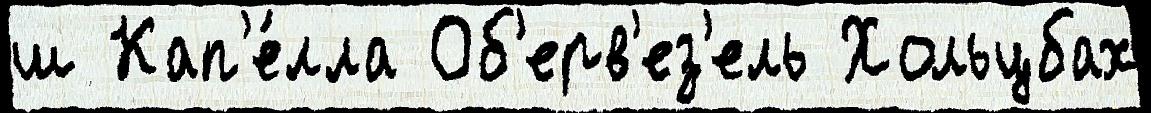
ш Кап'е́лла Об'ерв'ез'ель Хольцбах